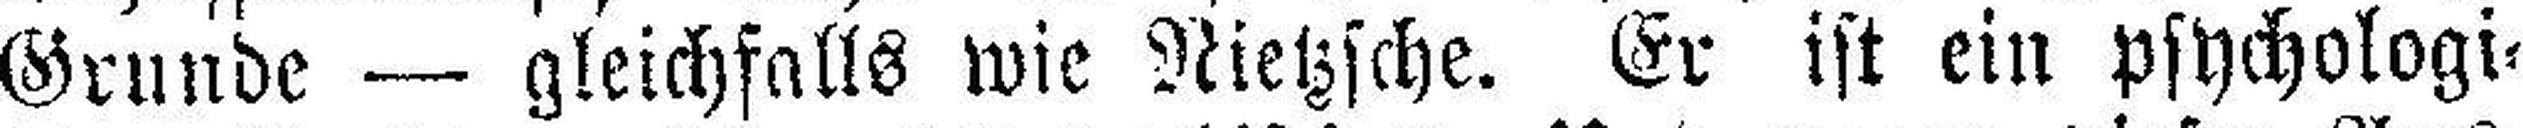
Grunde — gleichfalls wie Nietzsche. Er ist ein psychologi¬